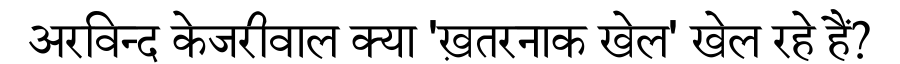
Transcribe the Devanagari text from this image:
अरविन्द केजरीवाल क्या 'ख़तरनाक खेल' खेल रहे हैं?